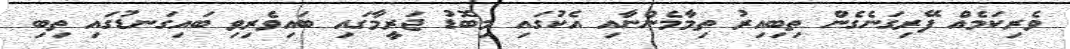
ވެރިކަމެއް ފޭރިގަނެގެން ތިބިއިރު ތިމާމެންނާއި އެކުގައި މިބޮޑު ޖަރީމާގައި ބައިވެރިވި ބައިގަނޑުގައި ތިބި